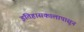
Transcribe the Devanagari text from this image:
इतिहासकालापासून